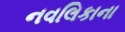
નવલિકાના